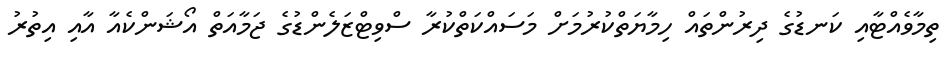
ތިމާވެއްޓާއި ކަނޑުގެ ދިރުންތައް ހިމާޔަތްކުރުމަށް މަސައްކަތްކުރާ ސްވިޓްޒަލެންޑުގެ ޖަމާއަތް އޯޝަންކެއާ އާއި އިތުރު